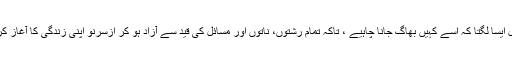
اگلے پل ایسا لگتا کہ اسے کہیں بھاگ جانا چاہیے ، تاکہ تمام رشتوں، ناتوں اور مسائل کی قید سے آزاد ہو کر ازسرِنو اپنی زندگی کا آغاز کرسکے۔